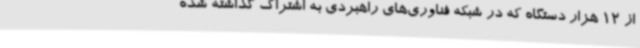
از 12 هزار دستگاه که در شبکه فناوری‌های راهبردی به اشتراک گذاشته شده